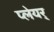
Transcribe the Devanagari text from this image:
प्लेयर्